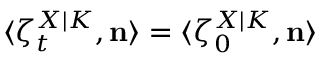
\langle \zeta _ { t } ^ { X | K } , \mathbf { n } \rangle = \langle \zeta _ { 0 } ^ { X | K } , \mathbf { n } \rangle